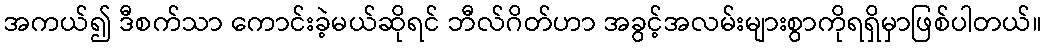
အကယ်၍ ဒီစက်သာ ကောင်းခဲ့မယ်ဆိုရင် ဘီလ်ဂိတ်ဟာ အခွင့်အလမ်းများစွာကိုရရှိမှာဖြစ်ပါတယ်။